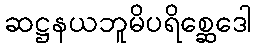
ဆဋ္ဌနယဘူမိပရိစ္ဆေဒေါ